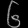
Digit: ၆